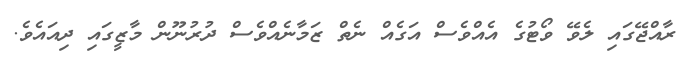
ރާއްޖޭގައި ލެވޭ ވޯޓުގެ އެއްވެސް އަގެއް ނެތް ޒަމާނެއްވެސް ދުރުނޫން މާޒީގައި ދިއައެވެ.